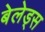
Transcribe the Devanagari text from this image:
बेलेड्स